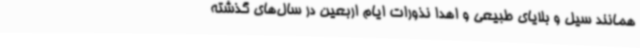
همانند سیل و بلایای طبیعی و اهدا نذورات ایام اربعین در سال‌های گذشته